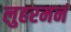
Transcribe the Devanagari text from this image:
लुहरमनं